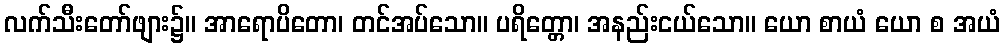
လက်သီးတော်ဖျား၌။ အာရောပိတော၊ တင်အပ်သော။ ပရိတ္တော၊ အနည်းငယ်သော။ ယော စာယံ ယော စ အယံ